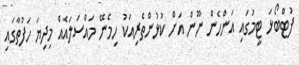
ފުޓްބޯޅަ ޓީމުގައި އަންހެން ނޫން އަށް ކުޅުންތެރިއަކު ހިމެނޭ މައްސަލައެއް މިދިޔަ ހަފުތާގައި